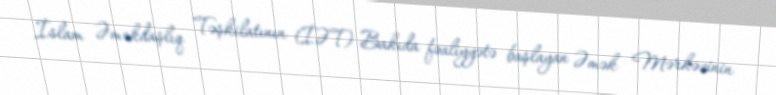
İslam Əməkdaşlıq Təşkilatının (İƏT) Bakıda fəaliyyətə başlayan Əmək Mərkəzinin